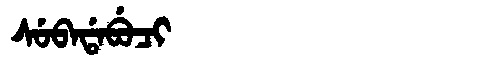
Manchu: ᠰᡠᠪᠠᡩᠠᠪᡠᠴᡳ
Romanization: SUBADABUCI